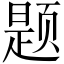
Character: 题